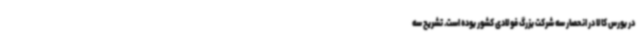
در بورس کالا در انحصار سه شرکت بزرگ فولادی کشور بوده است. تشریح سه